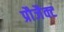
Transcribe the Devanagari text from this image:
प्रौजैक्ट